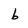
Character: b